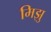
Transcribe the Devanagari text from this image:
मिझु